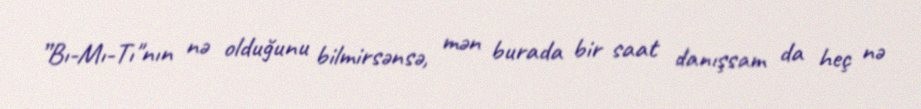
”Bı-Mı-Tı"nın nə olduğunu bilmirsənsə, mən burada bir saat danışsam da heç nə